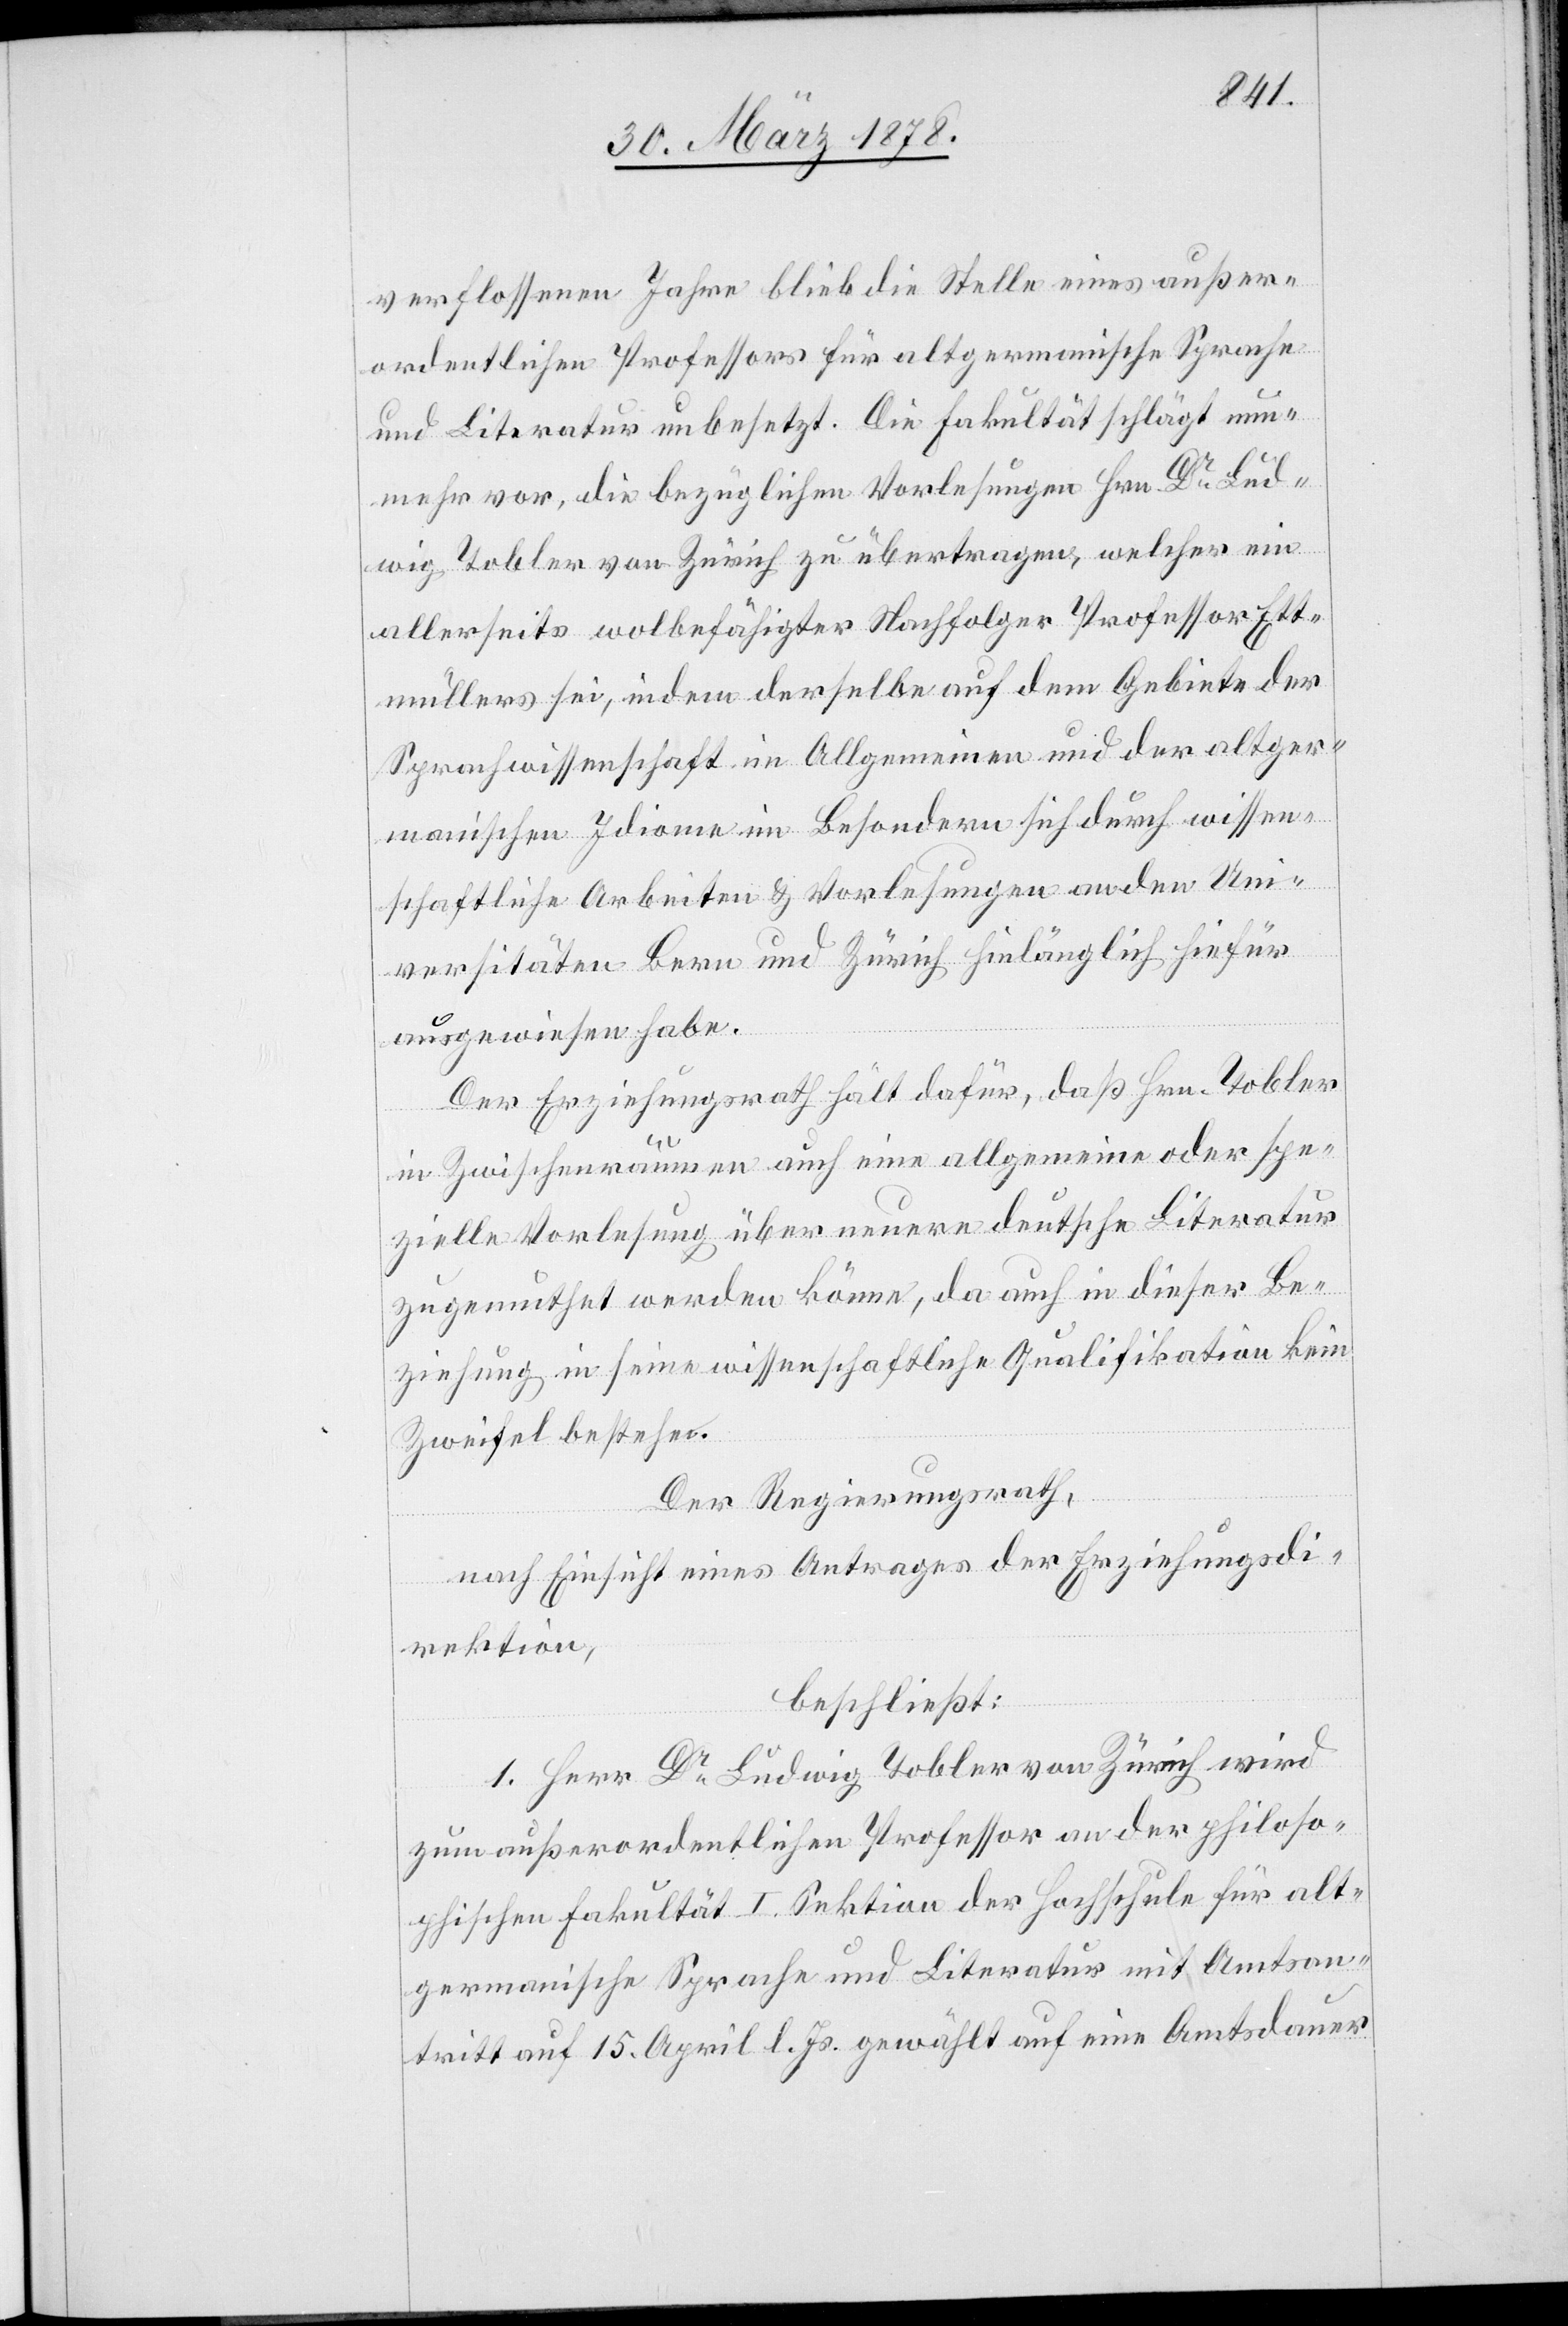
verflossenen Jahre blieb die Stelle eines außer¬
ordentlichen Professors für altgermanische Sprache
und Literatur unbesetzt. Die Fakultät schlägt nun¬
mehr vor, die bezüglichen Vorlesungen Hrn. Dr Lud¬
wig Tobler von Zürich zu übertragen, welcher ein
allerseits wolbefähigter Nachfolger Professor Ett¬
müllers sei, indem derselbe auf dem Gebiete der
Sprachwissenschaft im Allgemeinen und der altger¬
manischen Idiome im Besondern sich durch wissen¬
schaftliche Arbeiten & Vorlesungen an den Uni¬
versitäten Bern und Zürich hinlänglich hiefür
ausgewiesen habe.
Der Erziehungsrath hält dafür, daß Hrn. Tobler
in Zwischenräumen auch eine allgemeine oder spe¬
zielle Vorlesung über neuere deutsche Literatur
zugemuthet werden könne, da auch in dieser Be¬
ziehung in seine wissenschaftliche Qualifikation kein
Zweifel bestehe.
Der Regierungsrath,
nach Einsicht eines Antrages der Erziehungsdi¬
rektion,
beschließt:
1. Herr Dr Ludwig Tobler von Zürich wird
zum außerordentlichen Professor an der philoso¬
phischen Fakultät I. Sektion der Hochschule für alt¬
germanische Sprache und Literatur mit Amtsan¬
tritt auf 15. April l. Js. gewählt auf eine Amtsdauer